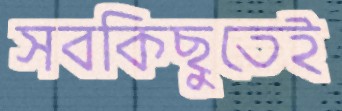
সবকিছুতেই